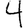
Digit: 4